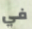
في